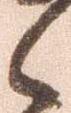
候